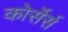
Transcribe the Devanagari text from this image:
कोर्सेर्स